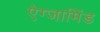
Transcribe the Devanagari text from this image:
ऐग्जामिंड